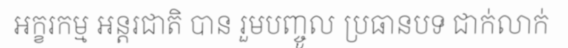
អក្ខរកម្ម អន្តរជាតិ បាន រួមបញ្ចូល ប្រធានបទ ជាក់លាក់